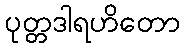
ပုတ္တဒါရဟိတော